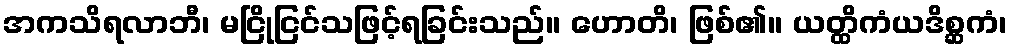
အကသိရလာဘီ၊ မငြိုငြင်သဖြင့်ရခြင်းသည်။ ဟောတိ၊ ဖြစ်၏။ ယတ္ထိကံယဒိစ္ဆကံ၊